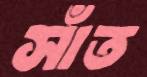
সাঁত